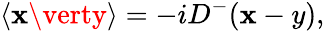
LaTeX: \langle\mathbf{x}\verty\rangle=-iD^{-}(\mathbf{x}-y),